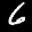
Label: 6